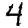
Digit: 4